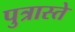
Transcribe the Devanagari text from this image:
पुत्रास्ते